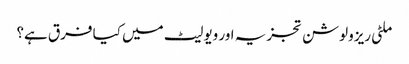
ملٹی ریزولوشن تجزیہ اور ویولیٹ میں کیا فرق ہے؟